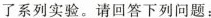
了系列实验。请回答下列问题：